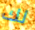
لك